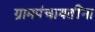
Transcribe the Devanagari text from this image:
ग्रामपंचायतींना